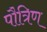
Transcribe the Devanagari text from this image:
पौत्रिण